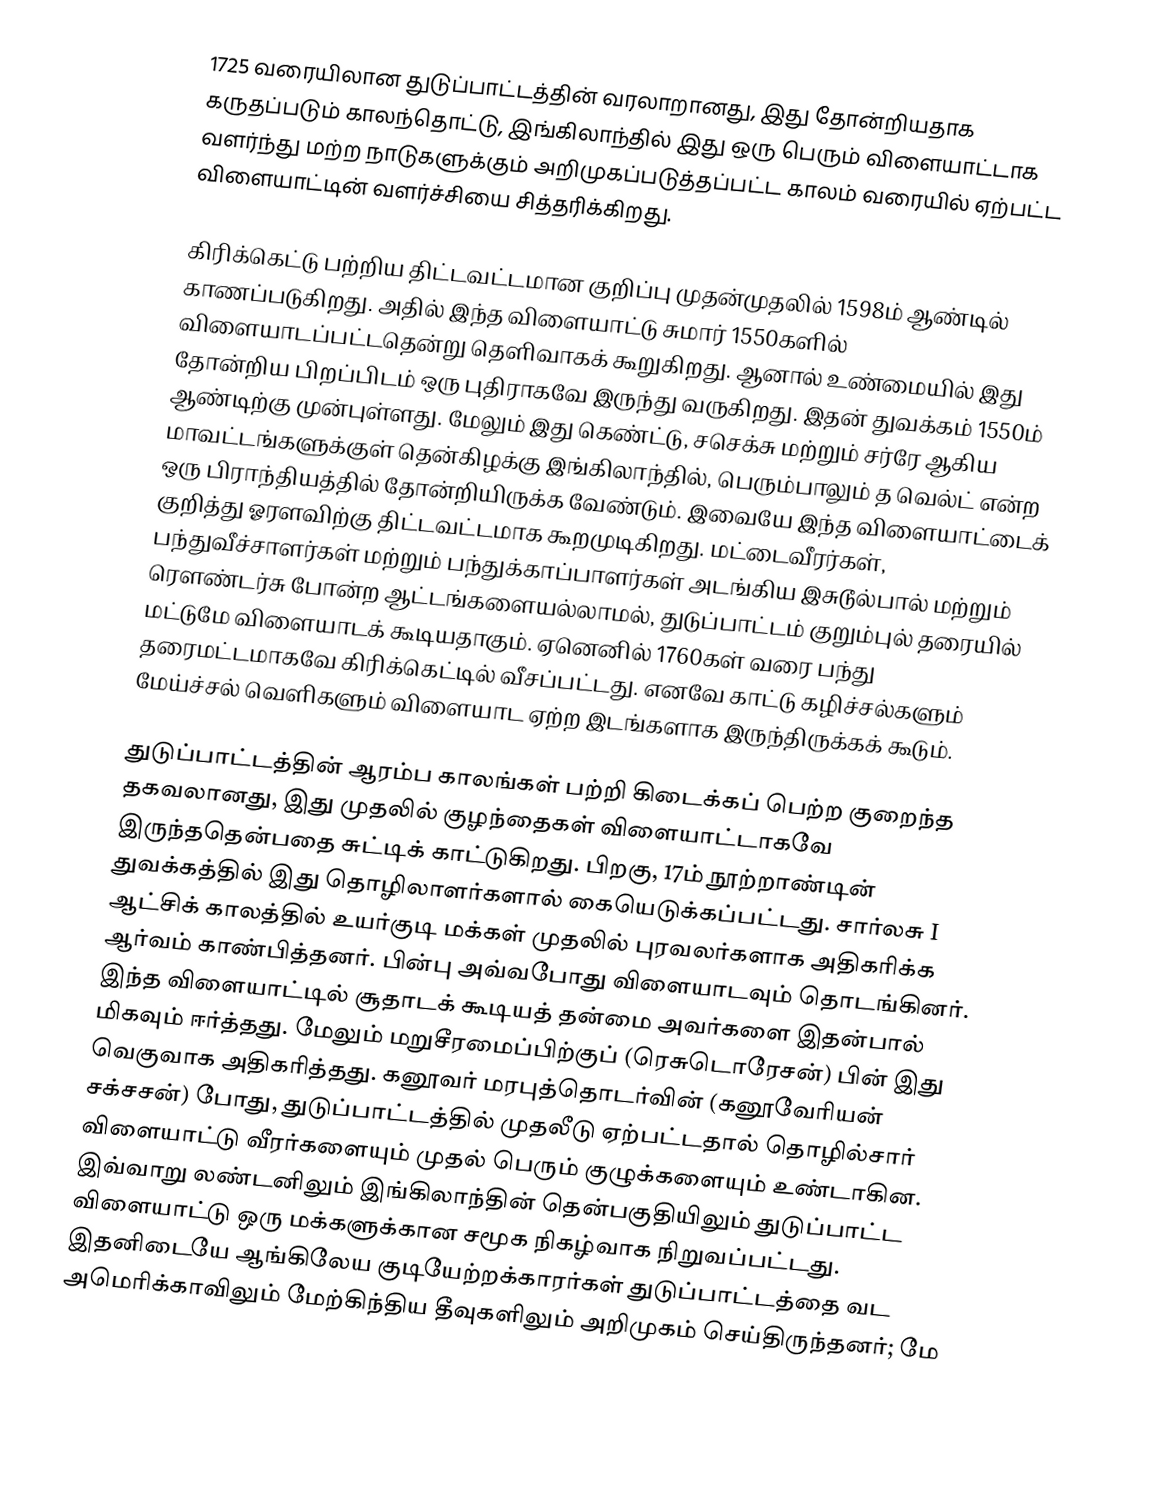
1725 வரையிலான துடுப்பாட்டத்தின் வரலாறானது, இது தோன்றியதாக கருதப்படும் காலந்தொட்டு, இங்கிலாந்தில் இது ஒரு பெரும் விளையாட்டாக வளர்ந்து மற்ற நாடுகளுக்கும் அறிமுகப்படுத்தப்பட்ட காலம் வரையில் ஏற்பட்ட விளையாட்டின் வளர்ச்சியை சித்தரிக்கிறது.

கிரிக்கெட்டு பற்றிய திட்டவட்டமான குறிப்பு முதன்முதலில் 1598ம் ஆண்டில் காணப்படுகிறது. அதில் இந்த விளையாட்டு சுமார் 1550களில் விளையாடப்பட்டதென்று தெளிவாகக் கூறுகிறது. ஆனால் உண்மையில் இது தோன்றிய பிறப்பிடம் ஒரு புதிராகவே இருந்து வருகிறது. இதன் துவக்கம் 1550ம் ஆண்டிற்கு முன்புள்ளது. மேலும் இது கெண்ட்டு, சசெக்சு மற்றும் சர்ரே ஆகிய மாவட்டங்களுக்குள் தென்கிழக்கு இங்கிலாந்தில், பெரும்பாலும் த வெல்ட் என்ற ஒரு பிராந்தியத்தில் தோன்றியிருக்க வேண்டும். இவையே இந்த விளையாட்டைக் குறித்து ஓரளவிற்கு திட்டவட்டமாக கூறமுடிகிறது. மட்டைவீரர்கள், பந்துவீச்சாளர்கள் மற்றும் பந்துக்காப்பாளர்கள் அடங்கிய இசுடூல்பால் மற்றும் ரௌண்டர்சு போன்ற ஆட்டங்களையல்லாமல், துடுப்பாட்டம் குறும்புல் தரையில் மட்டுமே விளையாடக் கூடியதாகும். ஏனெனில் 1760கள் வரை பந்து தரைமட்டமாகவே கிரிக்கெட்டில் வீசப்பட்டது. எனவே காட்டு கழிச்சல்களும் மேய்ச்சல் வெளிகளும் விளையாட ஏற்ற இடங்களாக இருந்திருக்கக் கூடும்.

துடுப்பாட்டத்தின் ஆரம்ப காலங்கள் பற்றி கிடைக்கப் பெற்ற குறைந்த தகவலானது, இது முதலில் குழந்தைகள் விளையாட்டாகவே இருந்ததென்பதை சுட்டிக் காட்டுகிறது. பிறகு, 17ம் நூற்றாண்டின் துவக்கத்தில் இது தொழிலாளர்களால் கையெடுக்கப்பட்டது. சார்லசு I ஆட்சிக் காலத்தில் உயர்குடி மக்கள் முதலில் புரவலர்களாக அதிகரிக்க ஆர்வம் காண்பித்தனர். பின்பு அவ்வபோது விளையாடவும் தொடங்கினர். இந்த விளையாட்டில் சூதாடக் கூடியத் தன்மை அவர்களை இதன்பால் மிகவும் ஈர்த்தது. மேலும் மறுசீரமைப்பிற்குப் (ரெசுடொரேசன்) பின் இது வெகுவாக அதிகரித்தது. கனூவர் மரபுத்தொடர்வின் (கனூவேரியன் சக்சசன்) போது, துடுப்பாட்டத்தில் முதலீடு ஏற்பட்டதால் தொழில்சார் விளையாட்டு வீரர்களையும் முதல் பெரும் குழுக்களையும் உண்டாகின. இவ்வாறு லண்டனிலும் இங்கிலாந்தின் தென்பகுதியிலும் துடுப்பாட்ட விளையாட்டு ஒரு மக்களுக்கான சமூக நிகழ்வாக நிறுவப்பட்டது. இதனிடையே ஆங்கிலேய குடியேற்றக்காரர்கள் துடுப்பாட்டத்தை வட அமெரிக்காவிலும் மேற்கிந்திய தீவுகளிலும் அறிமுகம் செய்திருந்தனர்; மே